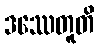
ဒဿေတူတိ